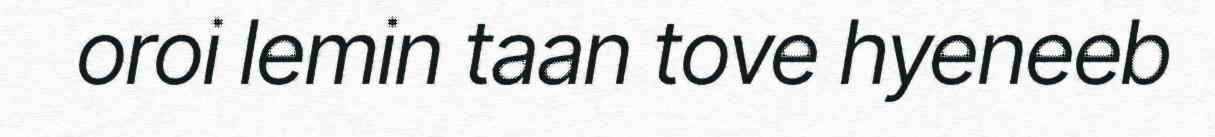
oroi lemin taan tove hyeneeb